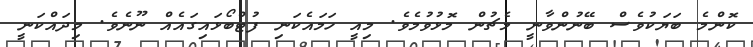
ކޮންމެ ބަޔަކުވެސް ބޭނުންވާނީ މެޗުން މޮޅުވުމެވެ. މިއީ ހަމައެކަނި ފުޓްބޯޅައިގައެއް ނޫނެވެ. މިދައްކަނީ